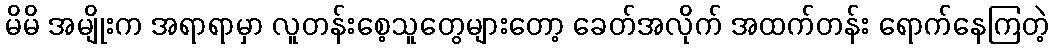
မိမိ အမျိုးက အရာရာမှာ လူတန်းစေ့သူတွေများတော့ ခေတ်အလိုက် အထက်တန်း ရောက်နေကြတဲ့